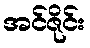
အင်ဇိုင်း